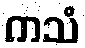
ကသံ